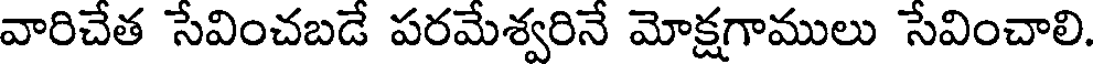
వారిచేత సేవించబడే పరమేశ్వరినే మోక్షగాములు సేవించాలి